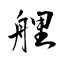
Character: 艃